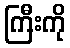
ကြီးကို